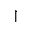
\upharpoonright